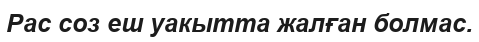
Рас соз еш уакытта жалған болмас.